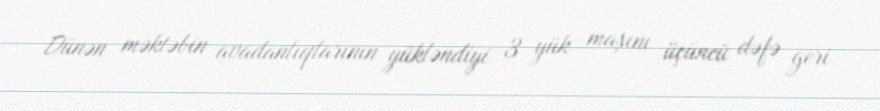
Dünən məktəbin avadanlıqlarının yükləndiyi 3 yük maşını üçüncü dəfə geri